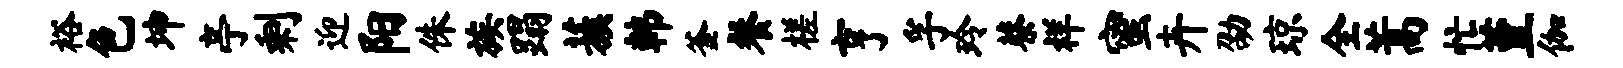
裕色坤亭剩迎阳侏族蹋蔟韩釜餐槎亨孚玲蔡祥蜜卉劭琼全蒿忙堇伽